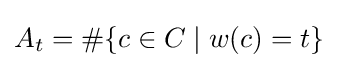
A_{t}=\#\{c\in C\mid w(c)=t\}